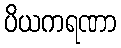
ပိယကရဏာ